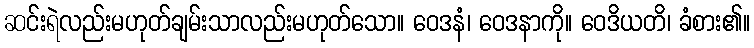
ဆင်းရဲလည်းမဟုတ်ချမ်းသာလည်းမဟုတ်သော။ ဝေဒနံ၊ ဝေဒနာကို။ ဝေဒိယတိ၊ ခံစား၏။